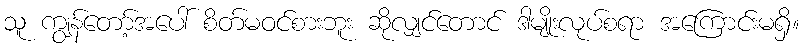
သူ ကျွန်တော့်အပေါ် စိတ်မဝင်စားဘူး ဆိုလျှင်တောင် ဒါမျိုးလုပ်စရာ အကြောင်းမရှိ။